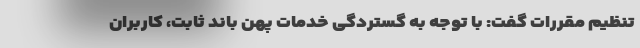
تنظیم مقررات گفت: با توجه به گستردگی خدمات پهن باند ثابت، کاربران